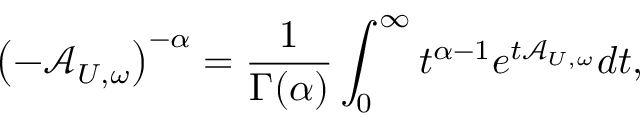
\left( - \mathcal { A } _ { U , \omega } \right) ^ { - \alpha } = \frac { 1 } { \Gamma ( \alpha ) } \int _ { 0 } ^ { \infty } t ^ { \alpha - 1 } e ^ { t \mathcal { A } _ { U , \omega } } d t ,